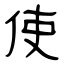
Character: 使